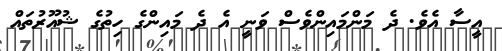
އީސާ އެވެ. ދެ މަންމައިންވެސް ވަނީ އެ ދެ މައިންގެ ހިތުގެ ޝުއޫރުތައް